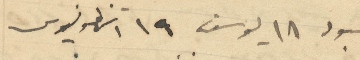
عبود 18 يوسف 19 انطونيوس